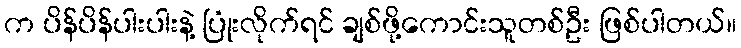
က ပိန်ပိန်ပါးပါးနဲ့ ပြုံးလိုက်ရင် ချစ်ဖို့ကောင်းသူတစ်ဦး ဖြစ်ပါတယ်။